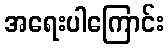
အရေးပါကြောင်း